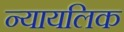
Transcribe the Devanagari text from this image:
न्यायलिक